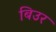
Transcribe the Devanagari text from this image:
बिउर